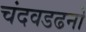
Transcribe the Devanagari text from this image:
चंदवडढनो